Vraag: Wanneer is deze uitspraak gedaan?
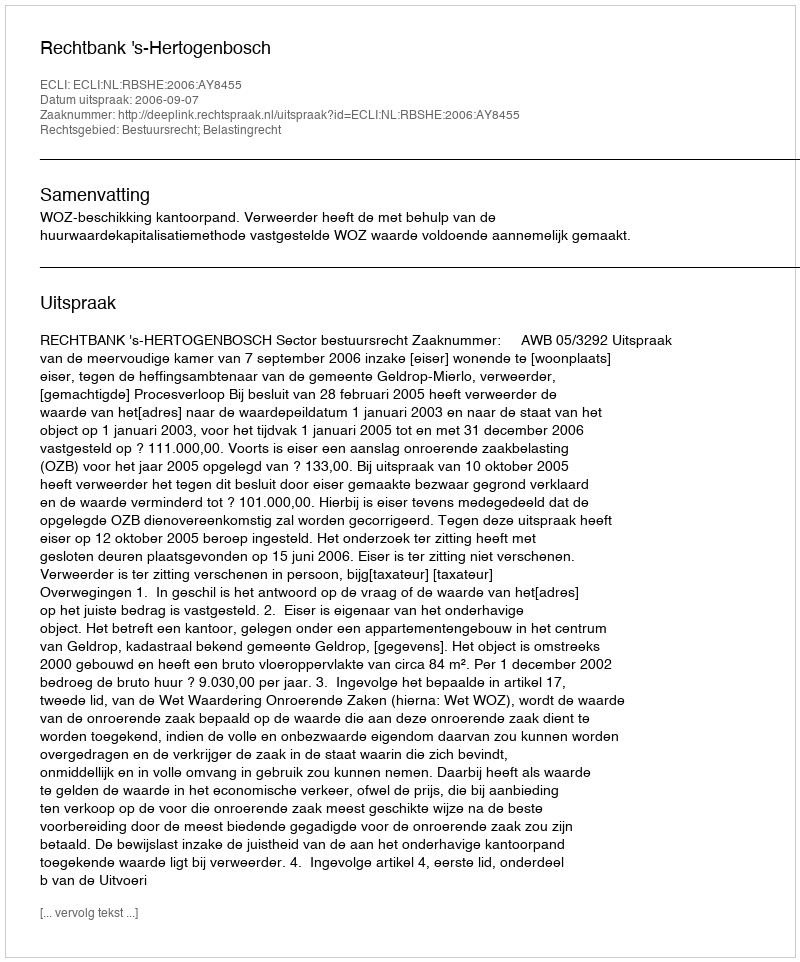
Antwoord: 2006-09-07